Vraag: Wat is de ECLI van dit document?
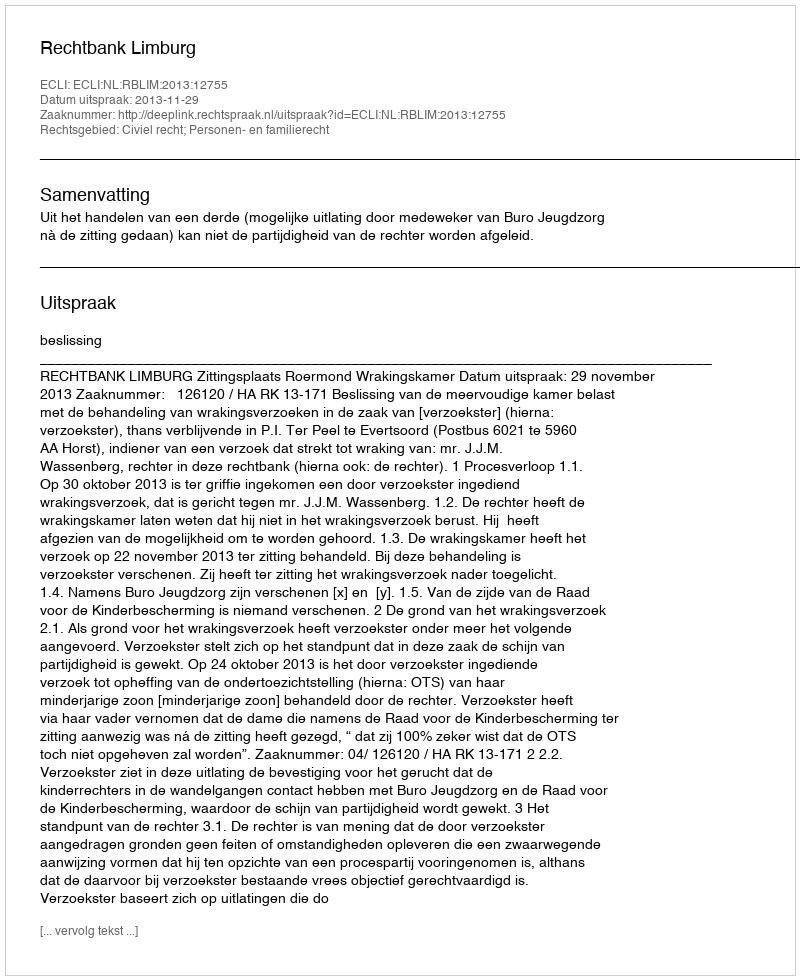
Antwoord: ECLI:NL:RBLIM:2013:12755